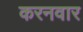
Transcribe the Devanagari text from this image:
करनवार